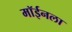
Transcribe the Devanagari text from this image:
मॉईनला